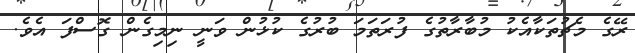
ރޭގެ މެޗުތަކާއެކު މުބާރާތުގެ ފުރަތަމަ ބުރުގެ ކުޅުން ވަނީ ނިމިގެން ގޮސްފަ އެވެ.